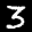
Label: 3